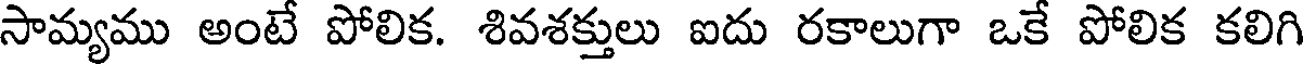
సామ్యము అంటే పోలిక. శివశక్తులు ఐదు రకాలుగా ఒకే పోలిక కలిగి